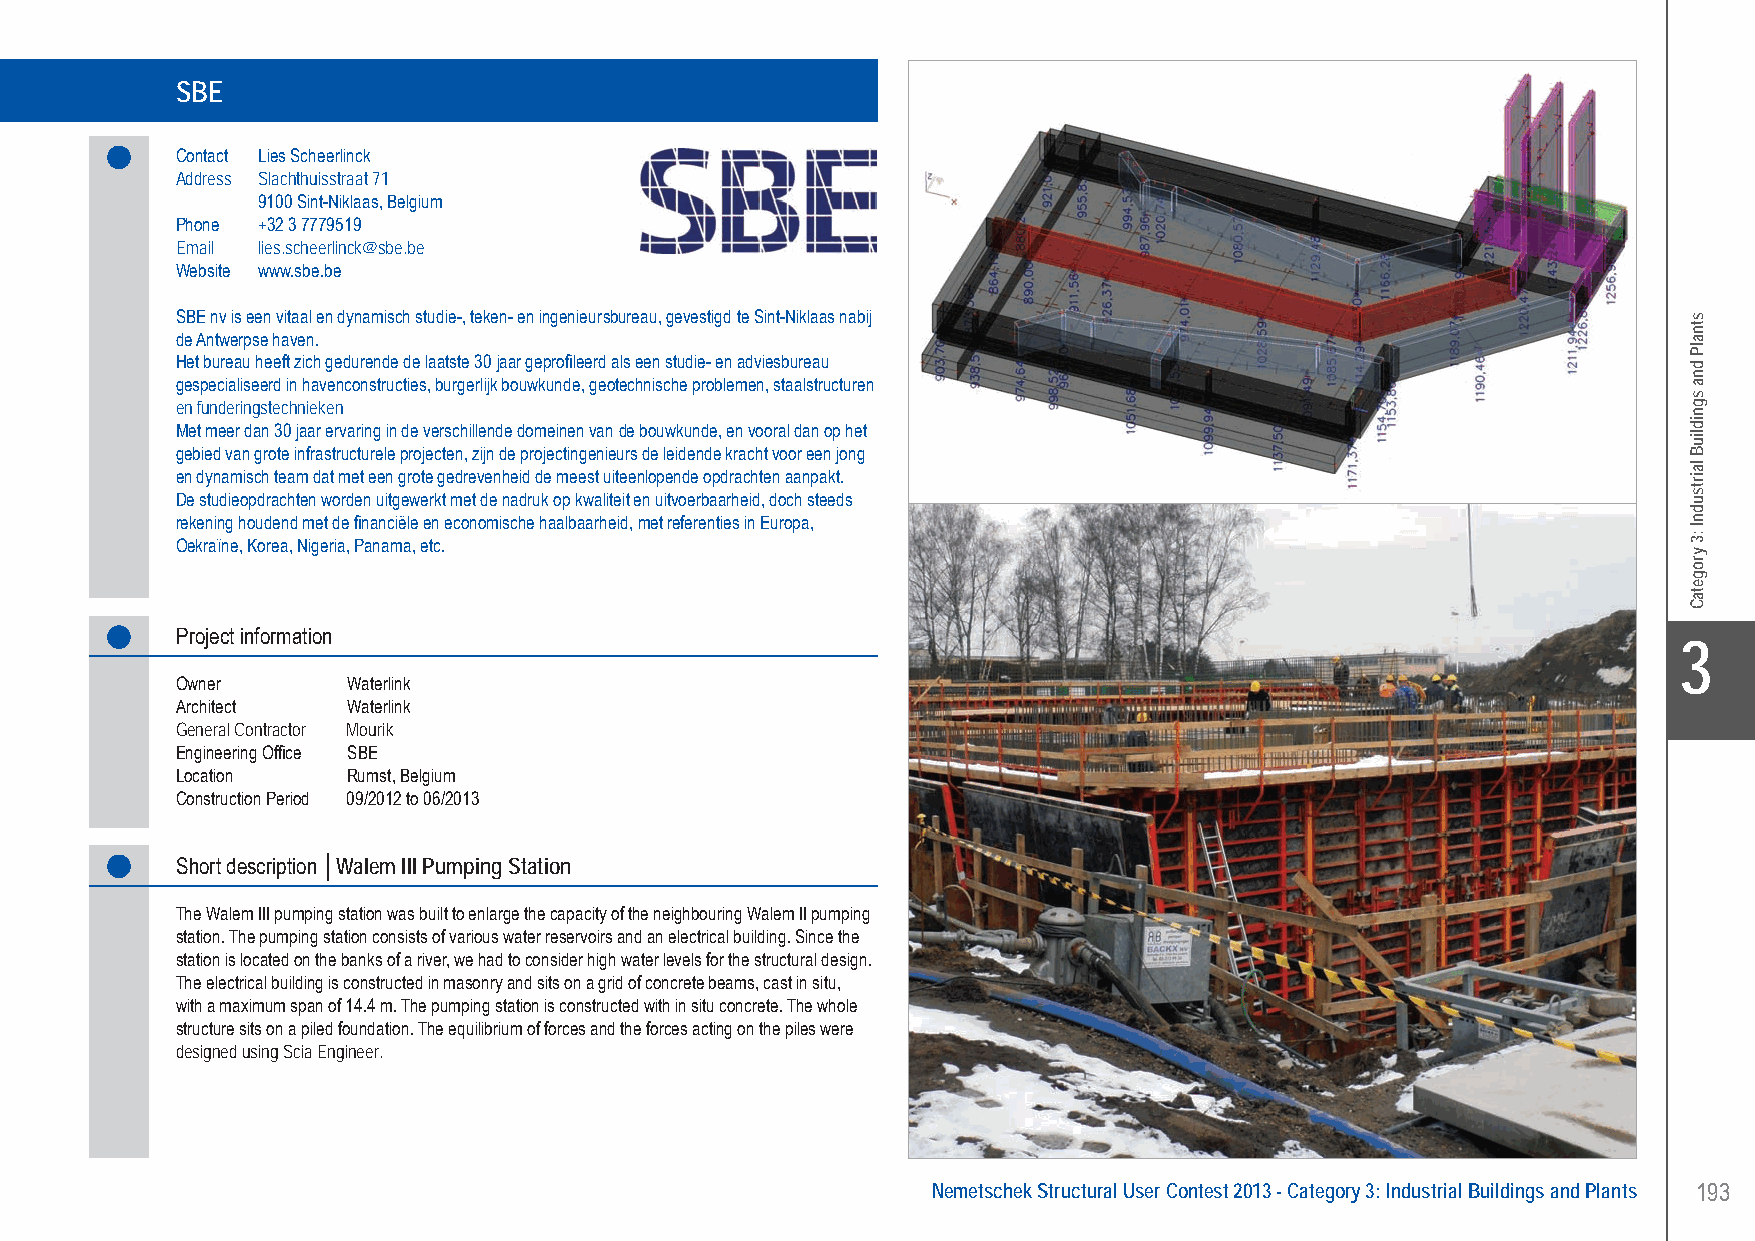
SBE.......................Walem III Pumping Station - Rumst, Belgium
 SBE
 Contact Lies Scheerlinck
 Address Slachthuisstraat 71
 9100 Sint-Niklaas, Belgium
 Phone +32 3 7779519
 Email lies.scheerlinck@sbe.be
 Website www.sbe.be
 SBE nv is een vitaal en dynamisch studie-, teken- en ingenieursbureau, gevestigd te Sint-Niklaas nabij
 de Antwerpse haven.
 Het bureau heeft zich gedurende de laatste 30 jaar geprofileerd als een studie- en adviesbureau
 gespecialiseerd in havenconstructies, burgerlijk bouwkunde, geotechnische problemen, staalstructuren
 en funderingstechnieken
 Met meer dan 30 jaar ervaring in de verschillende domeinen van de bouwkunde, en vooral dan op het
 gebied van grote infrastructurele projecten, zijn de projectingenieurs de leidende kracht voor een jong
 en dynamisch team dat met een grote gedrevenheid de meest uiteenlopende opdrachten aanpakt.
 De studieopdrachten worden uitgewerkt met de nadruk op kwaliteit en uitvoerbaarheid, doch steeds
 rekening houdend met de financiële en economische haalbaarheid, met referenties in Europa,
 Oekraïne, Korea, Nigeria, Panama, etc.
 Project information
 X3
 Owner      Waterlink
 Architect  Waterlink
 General Contractor Mourik
 Engineering Office SBE
 Location   Rumst, Belgium
 Construction Period 09/2012 to 06/2013
 Short description │Walem III Pumping Station
 The Walem III pumping station was built to enlarge the capacity of the neighbouring Walem II pumping
 station. The pumping station consists of various water reservoirs and an electrical building. Since the
 station is located on the banks of a river, we had to consider high water levels for the structural design.
 The electrical building is constructed in masonry and sits on a grid of concrete beams, cast in situ,
 with a maximum span of 14.4 m. The pumping station is constructed with in situ concrete. The whole
 structure sits on a piled foundation. The equilibrium of forces and the forces acting on the piles were
 designed using Scia Engineer.
 Nemetschek Structural User Contest 2013 - Category 3: Industrial Buildings and Plants 193
 UC-2013-Book-V8.indd 193                                                                                  7/11/2013 12:04:57 PM
 stnalP
 dna
 sgnidliuB
 lairtsudnI
 :3
 yrogetaC